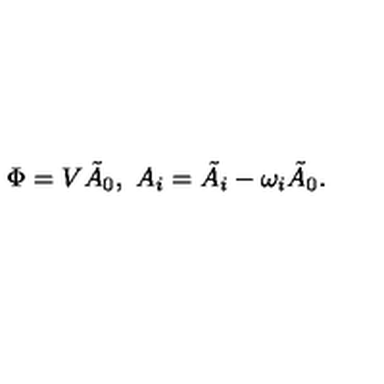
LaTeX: \Phi = V \tilde { A } _ { 0 } , \ A _ { i } = \tilde { A } _ { i } - \omega _ { i } \tilde { A } _ { 0 } .